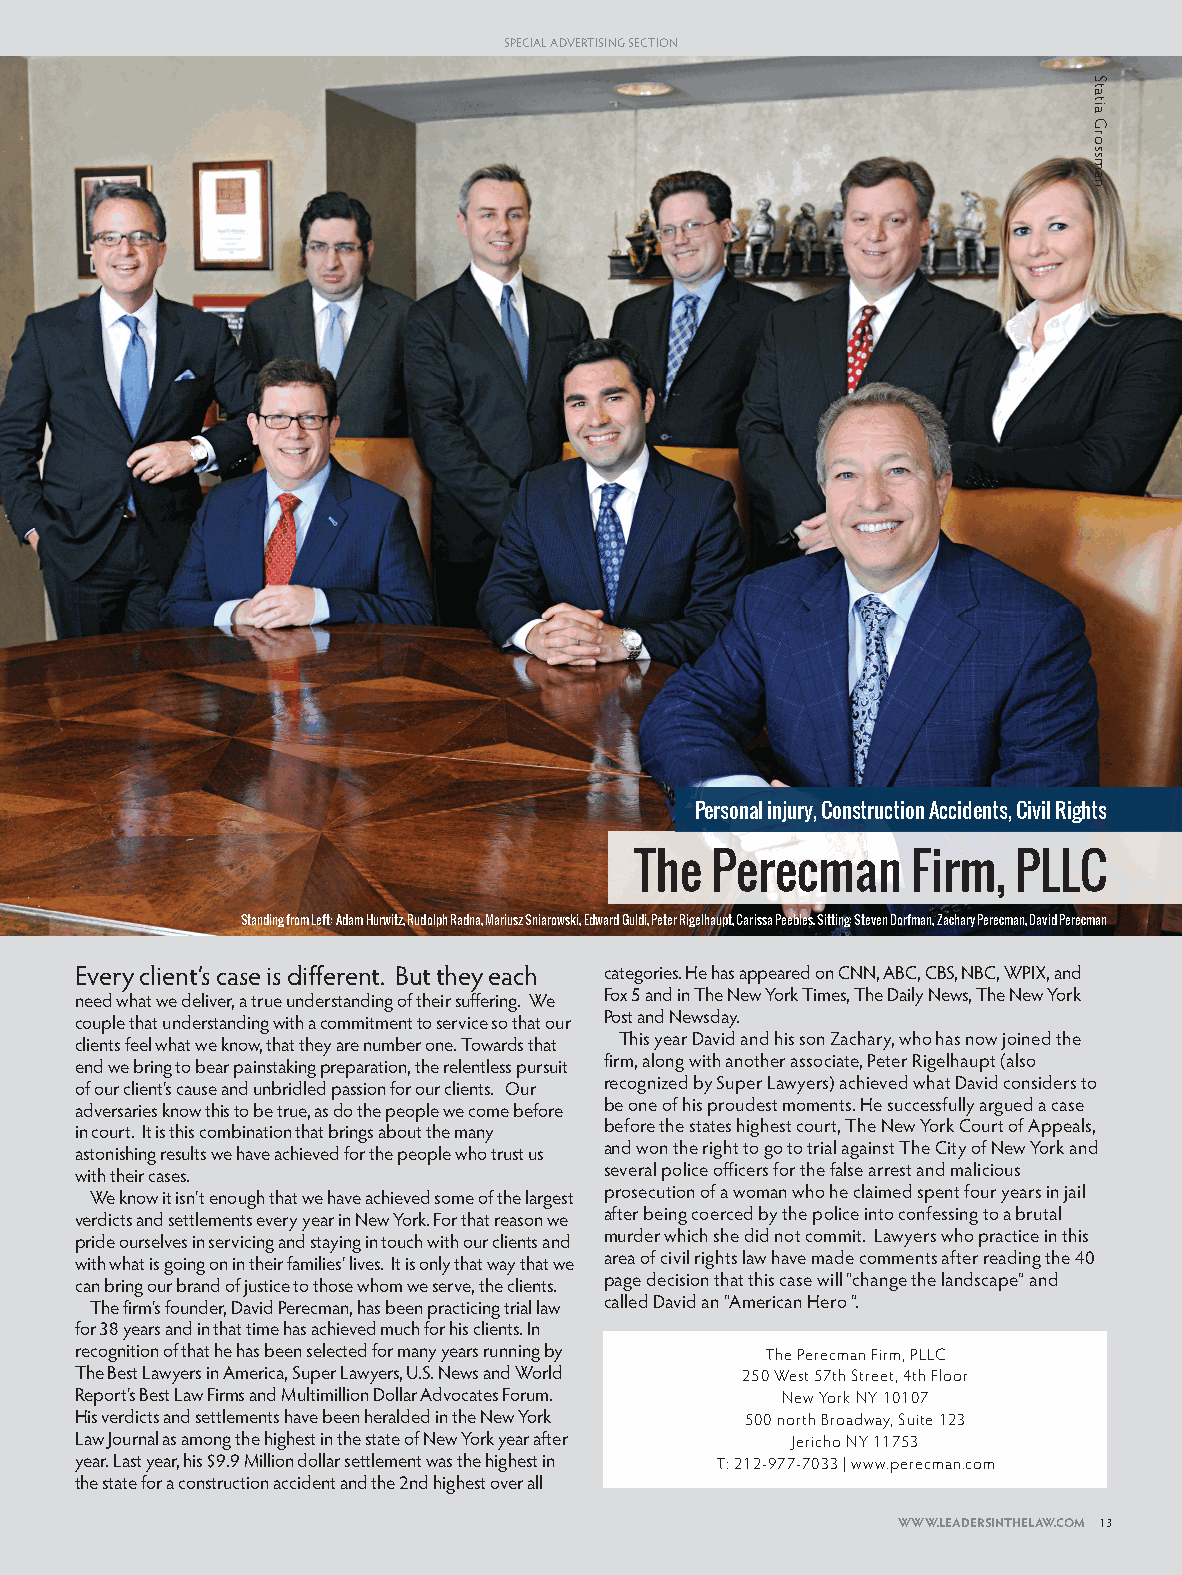
SPECIAL ADVERTISING SECTION
 Personal injury, Construction Accidents, Civil Rights
 The  Perecman     Firm,  PLLC
 Standing from Left: Adam Hurwitz, Rudolph Radna, Mariusz Sniarowski, Edward Guldi, Peter Rigelhaupt, Carissa Peebles. Sitting: Steven Dorfman, Zachary Perecman, David Perecman
 Every client’s case is different. But they each categories. He has appeared on CNN, ABC, CBS, NBC, WPIX, and
 need what we deliver, a true understanding of their suffering. We Fox 5 and in The New York Times, The Daily News, The New York
 couple that understanding with a commitment to service so that our Post and Newsday.
 clients feel what we know, that they are number one. Towards that This year David and his son Zachary, who has now joined the
 end we bring to bear painstaking preparation, the relentless pursuit firm, along with another associate, Peter Rigelhaupt (also
 of our client’s cause and unbridled passion for our clients. Our recognized by Super Lawyers) achieved what David considers to
 adversaries know this to be true, as do the people we come before be one of his proudest moments. He successfully argued a case
 in court. It is this combination that brings about the many before the states highest court, The New York Court of Appeals,
 astonishing results we have achieved for the people who trust us and won the right to go to trial against The City of New York and
 with their cases.                  several police officers for the false arrest and malicious
 We know it isn’t enough that we have achieved some of the largest prosecution of a woman who he claimed spent four years in jail
 verdicts and settlements every year in New York. For that reason we after being coerced by the police into confessing to a brutal
 pride ourselves in servicing and staying in touch with our clients and murder which she did not commit. Lawyers who practice in this
 with what is going on in their families’ lives. It is only that way that we area of civil rights law have made comments after reading the 40
 can bring our brand of justice to those whom we serve, the clients. page decision that this case will “change the landscape” and
 The firm’s founder, David Perecman, has been practicing trial law called David an “American Hero ”.
 for 38 years and in that time has achieved much for his clients. In
 recognition of that he has been selected for many years running by The Perecman Firm, PLLC
 The Best Lawyers in America, Super Lawyers, U.S. News and World 250 West 57th Street, 4th Floor
 Report’s Best Law Firms and Multimillion Dollar Advocates Forum. New York NY 10107
 His verdicts and settlements have been heralded in the New York 500 north Broadway, Suite 123
 Law Journal as among the highest in the state of New York year after Jericho NY 11753
 year. Last year, his $9.9 Million dollar settlement was the highest in T: 212-977-7033 | www.perecman.com
 the state for a construction accident and the 2nd highest over all
 WWW.LEADERSINTHELAW.COM 13
 LAWYERS_2016 [Print].indd 13                                          6/22/16 3:23 PM
 Statia
 Grossman